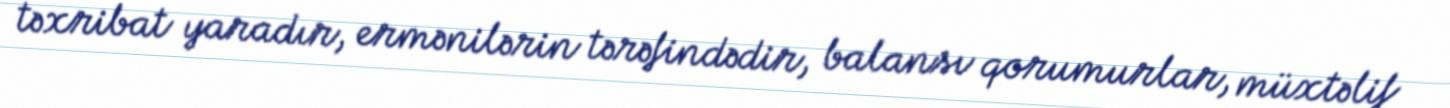
təxribat yaradır, ermənilərin tərəfindədir, balansı qorumurlar, müxtəlif